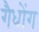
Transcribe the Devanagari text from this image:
गैधोंग